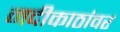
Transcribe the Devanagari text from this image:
नदीकाठांवर